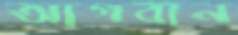
আগবান